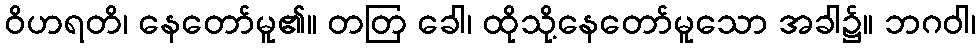
ဝိဟရတိ၊ နေတော်မူ၏။ တတြ ခေါ၊ ထိုသို့နေတော်မူသော အခါ၌။ ဘဂဝါ၊